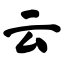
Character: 云